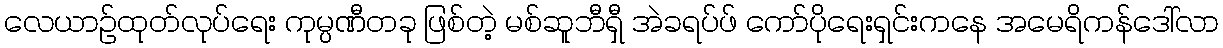
လေယာဉ်ထုတ်လုပ်ရေး ကုမ္ပဏီတခု ဖြစ်တဲ့ မစ်ဆူဘီရှီ အဲခရပ်ဖ် ကော်ပိုရေးရှင်းကနေ အမေရိကန်ဒေါ်လာ